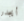
أيجدر